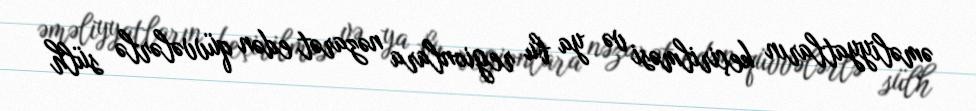
əməliyyatların keçirilməsi və ya bu regionlara nəzarət edən qüvvələrlə sülh